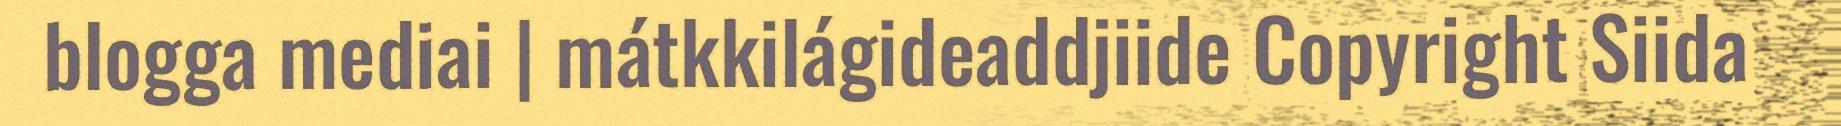
blogga mediai | mátkkilágideaddjiide Copyright Siida